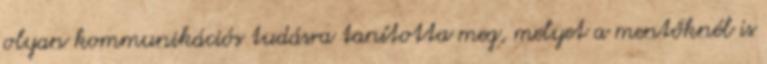
olyan kommunikációs tudásra tanította meg, melyet a mentőknél is